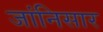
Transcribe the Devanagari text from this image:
जांनिसार